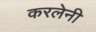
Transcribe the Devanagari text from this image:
करलेनी